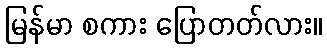
မြန်မာ စကား ပြောတတ်လား။